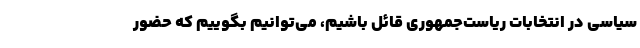
سیاسی در انتخابات ریاست‌جمهوری قائل باشیم، می‌توانیم بگوییم که حضور